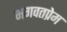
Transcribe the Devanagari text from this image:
भगवतप्रेम